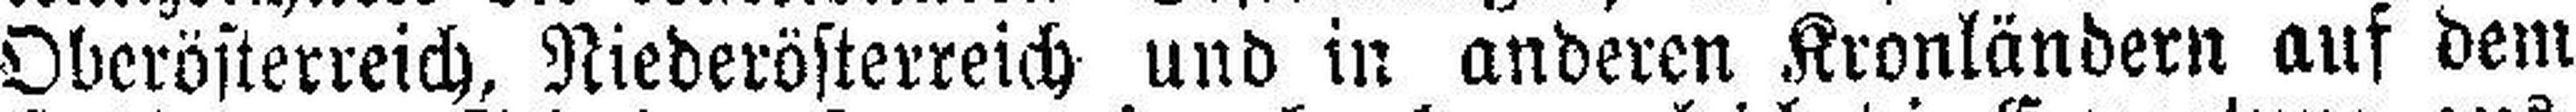
Oberösterreich, Niederösterreich und in anderen Kronländern auf dem